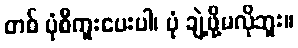
တစ် ပုံစီကူးပေးပါ၊ ပုံ ချဲ့ဖို့မလိုဘူး။